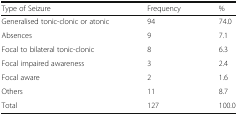
<table><thead><tr><td><b>Type of Seizure</b></td><td><b>Frequency</b></td><td><b>%</b></td></tr></thead><tbody><tr><td>Generalised tonic-clonic or atonic</td><td>94</td><td>74.0</td></tr><tr><td>Absences</td><td>9</td><td>7.1</td></tr><tr><td>Focal to bilateral tonic-clonic</td><td>8</td><td>6.3</td></tr><tr><td>Focal impaired awareness</td><td>3</td><td>2.4</td></tr><tr><td>Focal aware</td><td>2</td><td>1.6</td></tr><tr><td>Others</td><td>11</td><td>8.7</td></tr><tr><td>Total</td><td>127</td><td>100.0</td></tr></tbody></table>